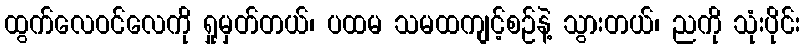
ထွက်လေဝင်လေကို ရှုမှတ်တယ်၊ ပထမ သမထကျင့်စဉ်နဲ့ သွားတယ်၊ ညကို သုံးပိုင်း